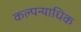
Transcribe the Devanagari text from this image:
कल्पन्याधिक